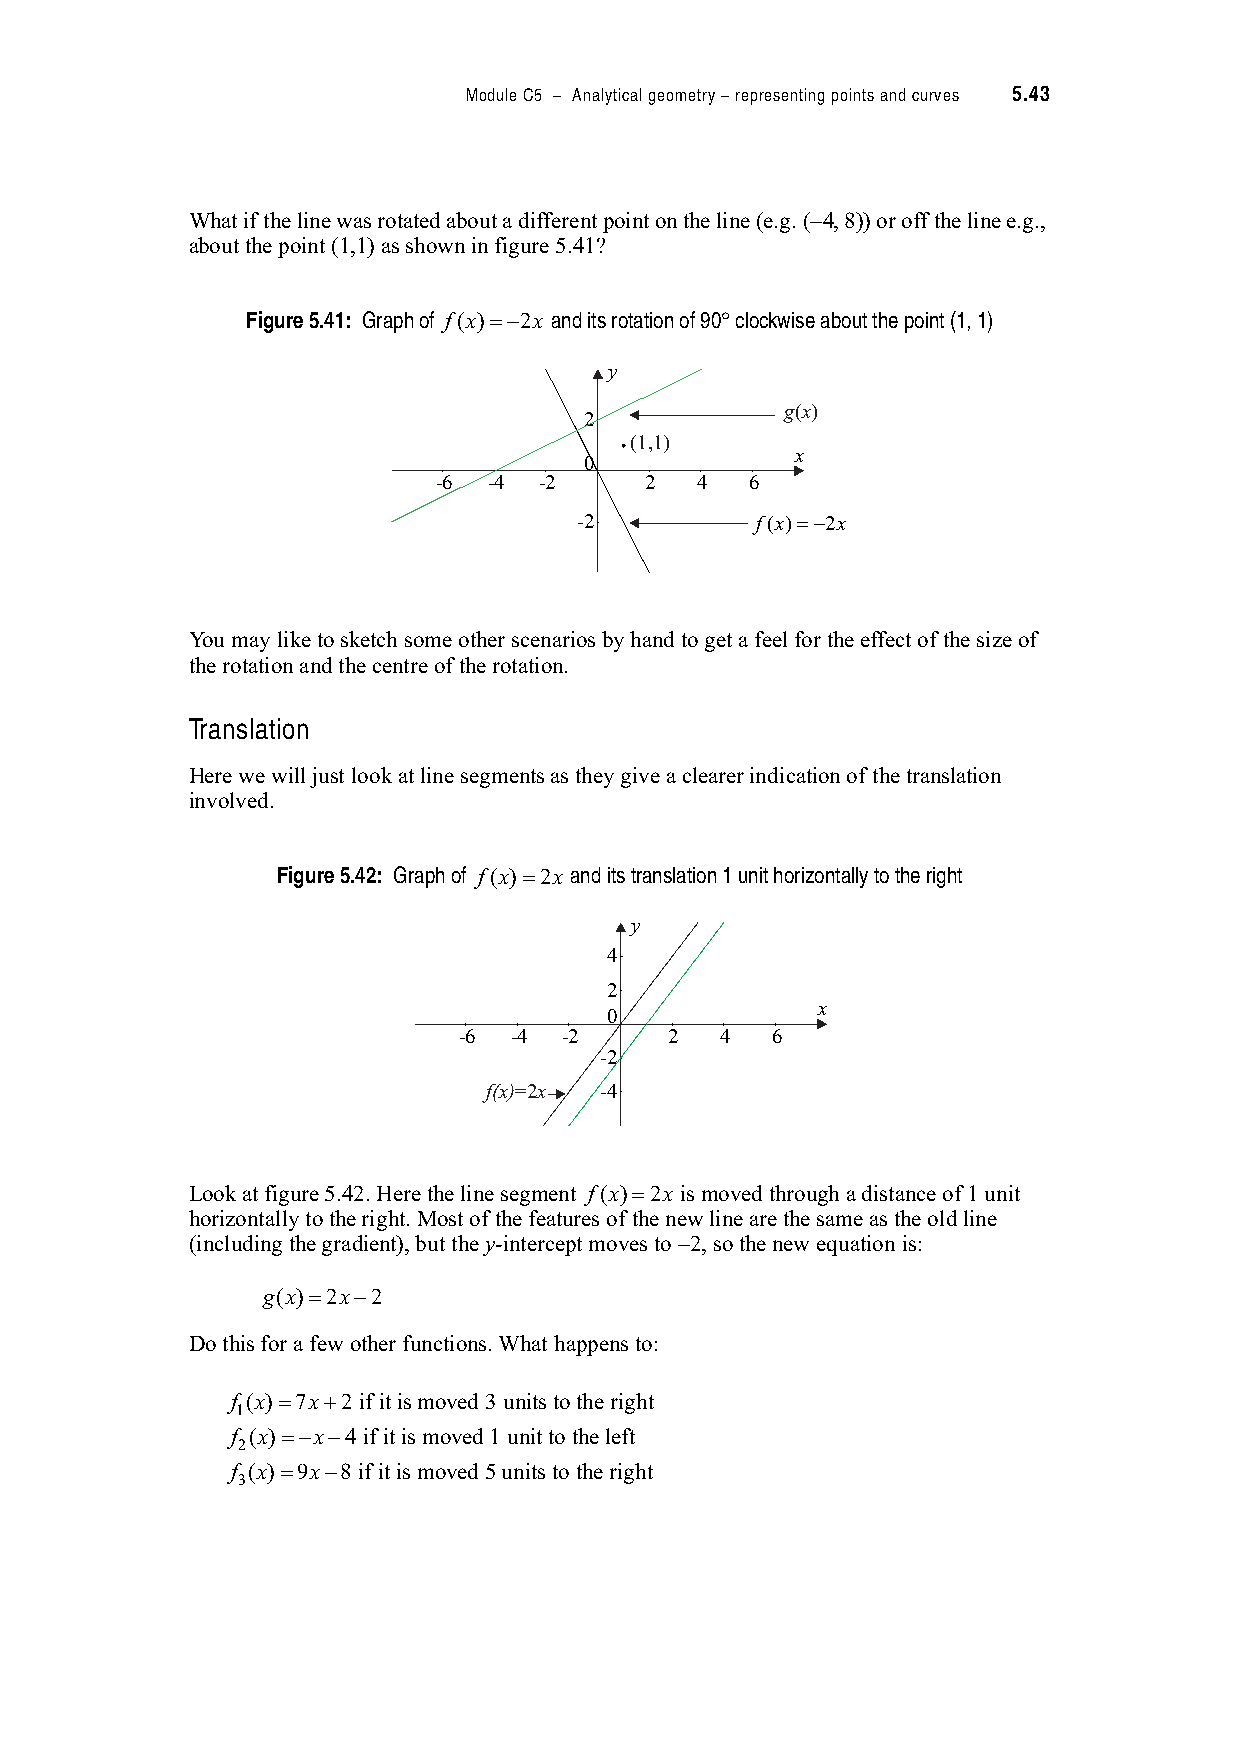
Module C5 – Analytical geometry – representing points and curves 5.43
 What if the line was rotated about a different point on the line (e.g. ( 4, 8)) or off the line e.g.,
 about the point (1,1) as shown in figure 5.41?
 Figure 5.41: Graph of f(x)" 2x and its rotation of 90! clockwise about the point (1, 1)
 y
 g(x)
 2
 (1,1)
 x
 0
 -6 -4  -2     2  4   6
 -2          f(x)=−2x
 You may like to sketch some other scenarios by hand to get a feel for the effect of the size of
 the rotation and the centre of the rotation.
 Translation
 Here we will just look at line segments as they give a clearer indication of the translation
 involved.
 Figure 5.42: Graph of f(x)"2x and its translation 1 unit horizontally to the right
 y
 4
 2
 x
 0
 -6  -4 -2     2   4  6
 -2
 f(x)=2x -4
 Look at figure 5.42. Here the line segment f(x)"2x is moved through a distance of 1 unit
 horizontally to the right. Most of the features of the new line are the same as the old line
 (including the gradient), but the y-intercept moves to 2, so the new equation is:
 g(x)"2x 2
 Do this for a few other functions. What happens to:
 f (x)"7x#2 if it is moved 3 units to the right
 1
 f (x)" x 4 if it is moved 1 unit to the left
 2
 f (x)"9x 8 if it is moved 5 units to the right
 3